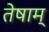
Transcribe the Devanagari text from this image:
तेषाम्